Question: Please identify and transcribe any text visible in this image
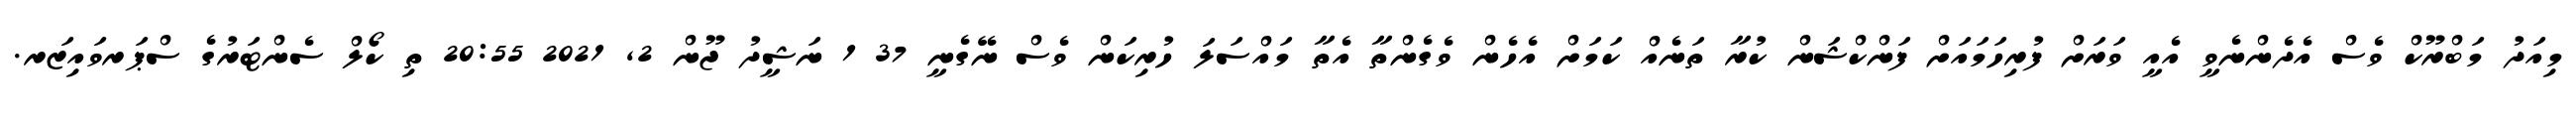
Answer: މިއަދު މަބްރޫކް ވެސް އެދެންނެވީ އެއީ ވަރަށް ފުރިހަމައަށް ފަންކްޝަން ކުރާ ތަނެއް ކަމަށް އެހެން ވެގެންތާ އެތާ މައްސަލަ ހުރިކަން ވެސް ނޭގެނީ 37 1 ނަޝީދު ޖޫން 2, 2021 20:55 ތި ކޯލް ސެންޓަރުގެ ސްޕަރވައިޒަރ.